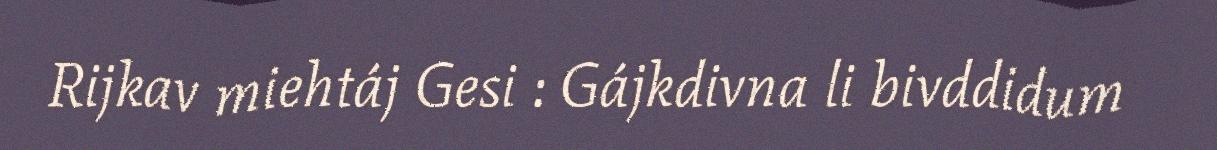
Rijkav miehtáj Gesi : Gájkdivna li bivddidum